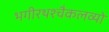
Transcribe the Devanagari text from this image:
भगीरथश्चैकलव्यो